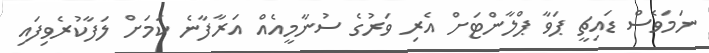
ނަމަވެސް ޑައިޗީ ޕަވާ ޕްލާންޓަށް އެރި ވަރުގެ ސުނާމީއެއް އަރާފާނެ ކަމަށް ލަފާކުރެވިފައި